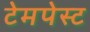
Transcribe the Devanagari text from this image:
टेमपेस्ट